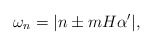
\begin{align*}\omega_n=|n\pm mH\alpha'|,\end{align*}